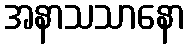
အနာသသာနော